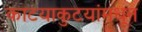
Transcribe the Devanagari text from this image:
काटयाकुटयांमधून